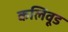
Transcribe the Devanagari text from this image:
कलिवूड